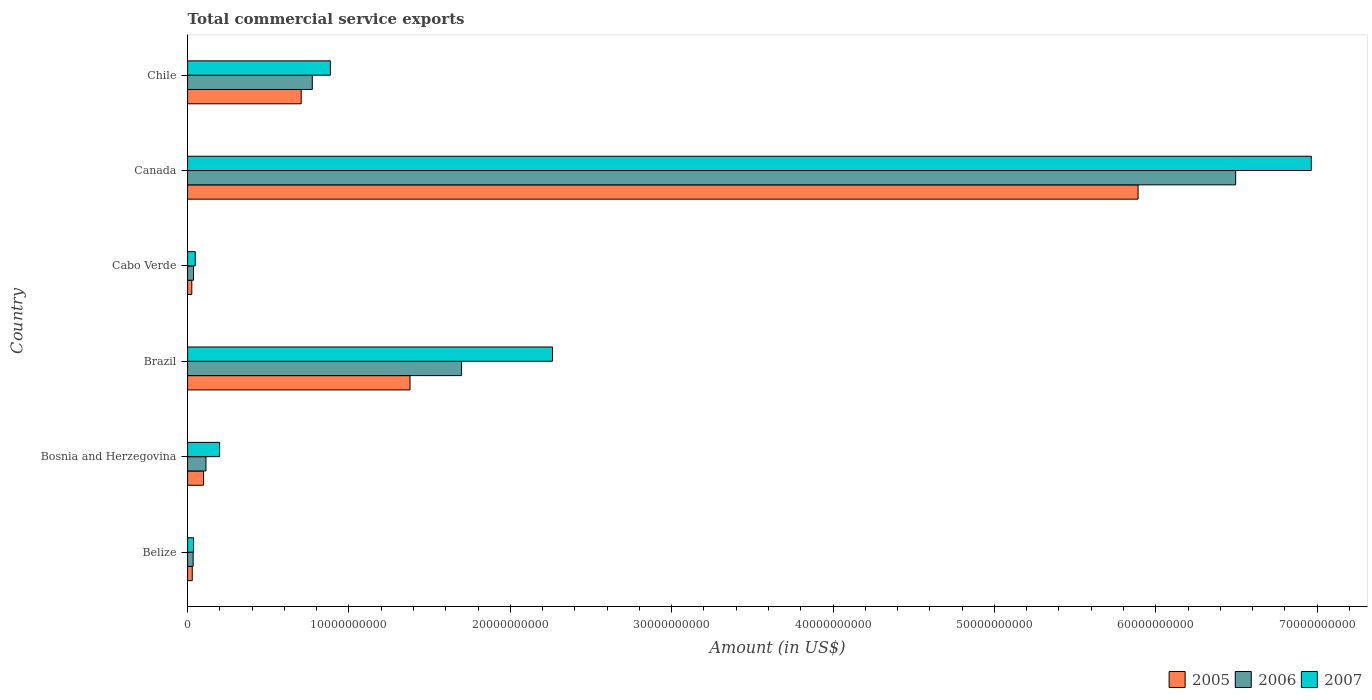
| Country | 2005 | 2006 | 2007 |
 | --- | --- | --- | --- |
 | Belize | 2.89e+08 | 3.43e+08 | 3.71e+08 |
 | Bosnia and Herzegovina | 9.87e+08 | 1.14e+09 | 1.99e+09 |
 | Brazil | 1.38e+10 | 1.7e+10 | 2.26e+10 |
 | Cabo Verde | 2.6e+08 | 3.66e+08 | 4.74e+08 |
 | Canada | 5.89e+10 | 6.5e+10 | 6.96e+10 |
 | Chile | 7.04e+09 | 7.73e+09 | 8.85e+09 |